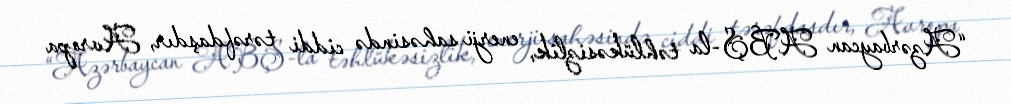
“Azərbaycan ABŞ-la təhlükəsizlik, enerji sahəsində ciddi tərəfdaşdır, Avropa